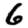
Digit: 6